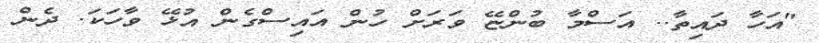
"އަހާ ދައިތާ.. އަސްމާ ބުންޏޭ ވަރަށް ހުން އައިސްގެން އުޅޭ ވާހަކަ. ދެން